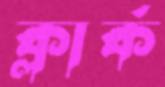
ক্লার্ক